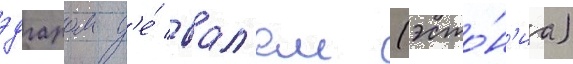
эдгаром д'е́ вал'ем (эсто́н'иа)